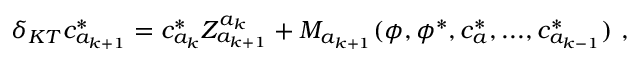
\delta _ { K T } c _ { a _ { k + 1 } } ^ { * } = c _ { a _ { k } } ^ { * } Z _ { a _ { k + 1 } } ^ { a _ { k } } + M _ { a _ { k + 1 } } ( \phi , \phi ^ { * } , c _ { a } ^ { * } , . . . , c _ { a _ { k - 1 } } ^ { * } ) \ ,